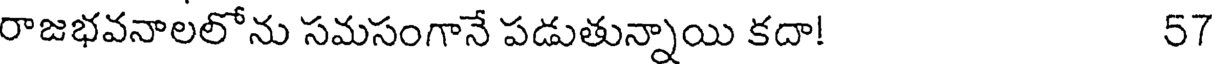
రాజభవనాలలోను సమసంగానే పడుతున్నాయి కదా! 57